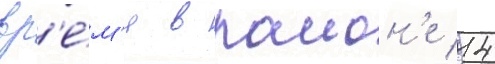
вр'е́м'я в раион'е 14